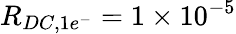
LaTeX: R_{DC,1e^{-}}=1\times 10^{-5}